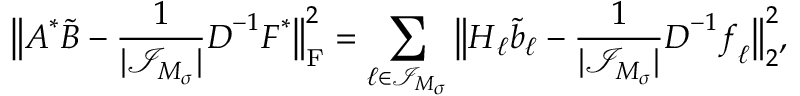
\big \| \boldsymbol A ^ { * } \b { \tilde { B } } - \frac { 1 } { | \mathcal I _ { \boldsymbol M _ { \boldsymbol \sigma } } | } \boldsymbol D ^ { - 1 } \boldsymbol F ^ { * } \big \| _ { \mathrm F } ^ { 2 } = \sum _ { \boldsymbol \ell \in \mathcal I _ { \boldsymbol M _ { \boldsymbol \sigma } } } \big \| \boldsymbol H _ { \boldsymbol \ell } \b { \tilde { b } } _ { \boldsymbol \ell } - \frac { 1 } { | \mathcal I _ { \boldsymbol M _ { \boldsymbol \sigma } } | } \boldsymbol D ^ { - 1 } \boldsymbol f _ { \boldsymbol \ell } \big \| _ { 2 } ^ { 2 } ,